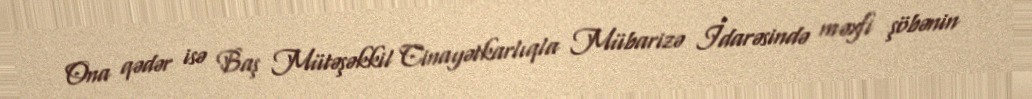
Ona qədər isə Baş Mütəşəkkil Cinayətkarlıqla Mübarizə İdarəsində məxfi şöbənin